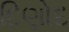
દિણોદ